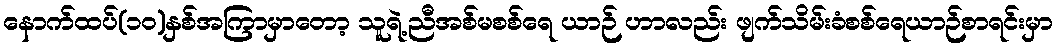
နောက်ထပ်(၁၀)နှစ်အကြာမှာတော့ သူရဲ့ညီအစ်မစစ်ရေ ယာဉ် ဟာလည်း ဖျက်သိမ်းခံစစ်ရေယာဉ်စာရင်းမှာ